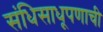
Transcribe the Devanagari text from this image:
संधिसाधूपणाची